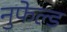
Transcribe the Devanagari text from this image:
नुफेल्ड